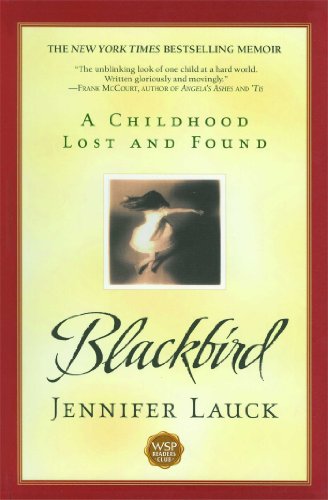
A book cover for Blackbird: A Childhood Lost and Found; Jennifer Lauck; Biographies & Memoirs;